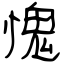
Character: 愧